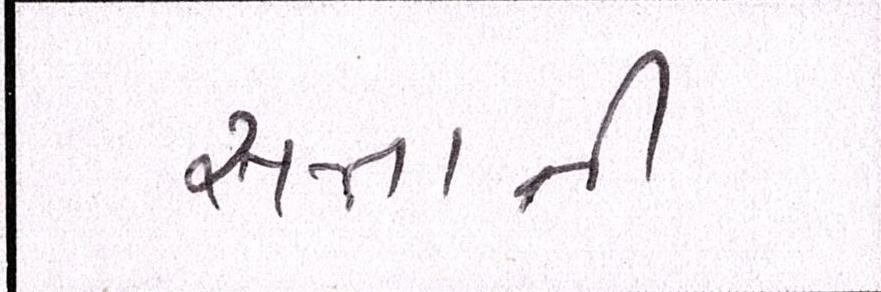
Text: સત્તાની